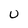
Character: U